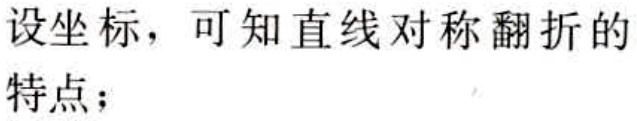
设坐标，可知直线对称翻折的特点；